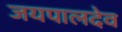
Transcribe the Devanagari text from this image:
जयपालदेव